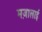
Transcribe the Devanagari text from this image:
मज़ालाई